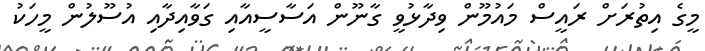
މީގެ އިތުރަށް ރައީސް މައުމޫން ވިދާޅުވީ ގާނޫން އަސާސީއާއި ގަވާއިދާއި އުސޫލުން މީހަކު